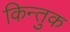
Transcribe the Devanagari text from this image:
किन्तुक